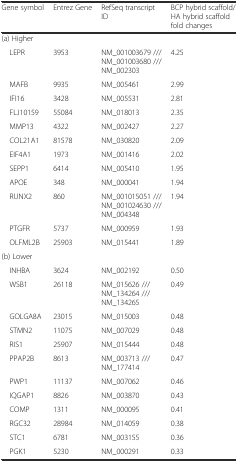
<table><thead><tr><td><b>Gene symbol</b></td><td><b>Entrez Gene</b></td><td><b>RefSeq transcript ID</b></td><td><b>BCP hybrid scaffold/HA hybrid scaffold fold changes</b></td></tr></thead><tbody><tr><td>(a) Higher</td><td></td><td></td><td></td></tr><tr><td> LEPR</td><td>3953</td><td>NM_001003679 /// NM_001003680 /// NM_002303</td><td>4.25</td></tr><tr><td> MAFB</td><td>9935</td><td>NM_005461</td><td>2.99</td></tr><tr><td> IFI16</td><td>3428</td><td>NM_005531</td><td>2.81</td></tr><tr><td> FLJ10159</td><td>55084</td><td>NM_018013</td><td>2.35</td></tr><tr><td> MMP13</td><td>4322</td><td>NM_002427</td><td>2.27</td></tr><tr><td> COL21A1</td><td>81578</td><td>NM_030820</td><td>2.09</td></tr><tr><td> EIF4A1</td><td>1973</td><td>NM_001416</td><td>2.02</td></tr><tr><td> SEPP1</td><td>6414</td><td>NM_005410</td><td>1.95</td></tr><tr><td> APOE</td><td>348</td><td>NM_000041</td><td>1.94</td></tr><tr><td> RUNX2</td><td>860</td><td>NM_001015051 /// NM_001024630 /// NM_004348</td><td>1.94</td></tr><tr><td> PTGFR</td><td>5737</td><td>NM_000959</td><td>1.93</td></tr><tr><td> OLFML2B</td><td>25903</td><td>NM_015441</td><td>1.89</td></tr><tr><td>(b) Lower</td><td></td><td></td><td></td></tr><tr><td> INHBA</td><td>3624</td><td>NM_002192</td><td>0.50</td></tr><tr><td> WSB1</td><td>26118</td><td>NM_015626 /// NM_134264 /// NM_134265</td><td>0.49</td></tr><tr><td> GOLGA8A</td><td>23015</td><td>NM_015003</td><td>0.48</td></tr><tr><td> STMN2</td><td>11075</td><td>NM_007029</td><td>0.48</td></tr><tr><td> RIS1</td><td>25907</td><td>NM_015444</td><td>0.48</td></tr><tr><td> PPAP2B</td><td>8613</td><td>NM_003713 /// NM_177414</td><td>0.47</td></tr><tr><td> PWP1</td><td>11137</td><td>NM_007062</td><td>0.46</td></tr><tr><td> IQGAP1</td><td>8826</td><td>NM_003870</td><td>0.43</td></tr><tr><td> COMP</td><td>1311</td><td>NM_000095</td><td>0.41</td></tr><tr><td> RGC32</td><td>28984</td><td>NM_014059</td><td>0.38</td></tr><tr><td> STC1</td><td>6781</td><td>NM_003155</td><td>0.36</td></tr><tr><td> PGK1</td><td>5230</td><td>NM_000291</td><td>0.33</td></tr></tbody></table>